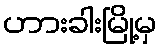
ဟားခါးမြို့မှ